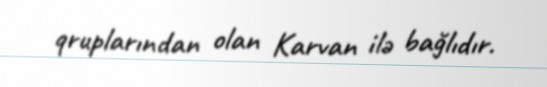
qruplarından olan Karvan ilə bağlıdır.